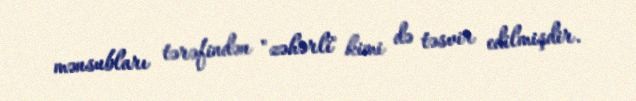
mənsubları tərəfindən "zəhərli" kimi də təsvir edilmişdir.